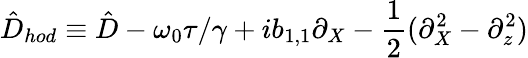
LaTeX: \hat{D}_{hod}\equiv\hat{D}-\omega_{0}\tau/\gamma+ib_{1,1}\partial_{X}-\frac{1}{2}(\partial_{X}^{2}-\partial_{z}^{2})